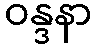
ဝန္ဒနာ